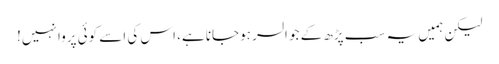
لیکن ہمیں یہ سب پڑھ کے جو السر ہوجانا ہے، اس کی اسے کوئی پروا نہیں!